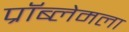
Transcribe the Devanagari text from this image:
प्रॉब्लेमला